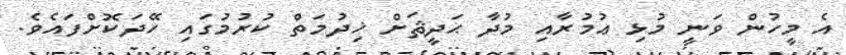
އެ މީހުން ވަނީ މުޅި ޢުމުރާއި މުދާ ޙަދީޘަށް ޚިދުމަތް ކުރުމުގައި ހޭދަކޮށްފައެވެ.